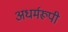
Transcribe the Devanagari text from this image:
अधर्मरूपी